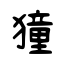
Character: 獞